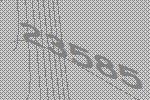
23585